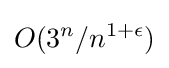
O(3^{n}/n^{1+\epsilon })